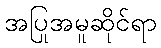
အပြုအမူဆိုင်ရာ